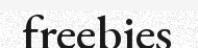
freebies